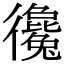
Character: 𢖞